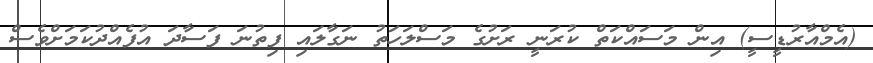
(އެމްއާރުޑީސީ) އިން މަސައްކަތް ކުރަނީ ރަށުގެ މަސްލަހަތު ނަގާލައި ފިތުނަ ފަސާދަ އުފެއްދުކަމަށްވެސް